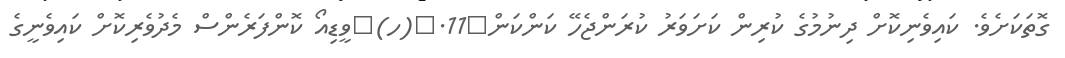
ގޮތަކަށެވެ. ކައިވެނިކޮށް ދިނުމުގެ ކުރިން ކަށަވަރު ކުރަންޖެހޭ ކަންކަން	11.	(ހ)	ވީޑިއޯ ކޮންފަރެންސް މެދުވެރިކޮށް ކައިވެނީގެ